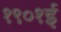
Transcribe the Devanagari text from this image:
१९०१ई